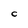
Character: C